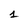
Character: 1